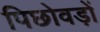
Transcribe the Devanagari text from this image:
पिछोवड़ों